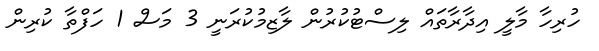
ހުރިހާ މާލީ އިދާރާތައް ލިސްޓުކުރުން ލާޒިމުކުރަނީ 3 މަސް 1 ހަފްތާ ކުރިން